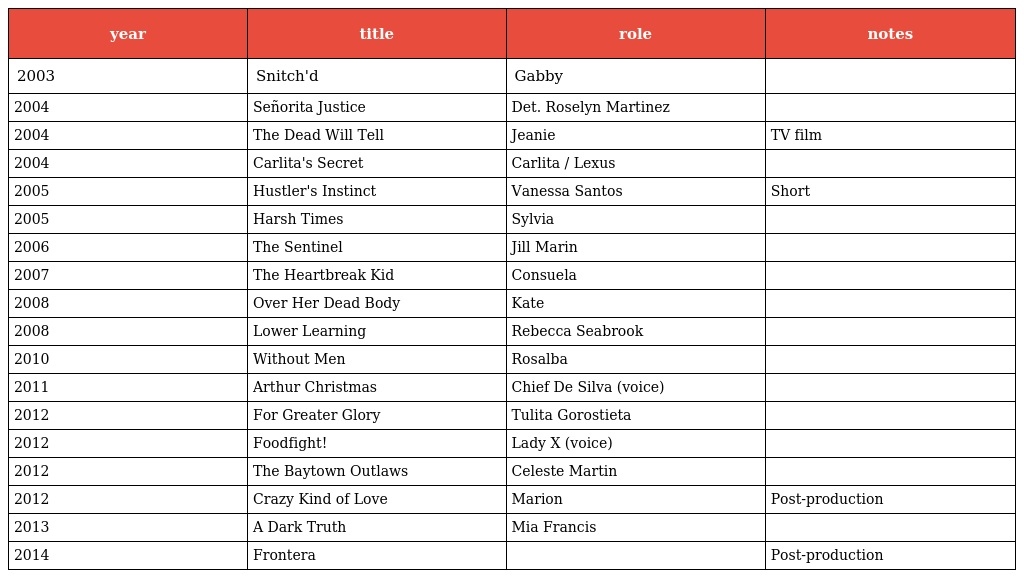
| year | title | role | notes |
 | --- | --- | --- | --- |
 | 2003 | Snitch'd | Gabby |  |
 | 2004 | Señorita Justice | Det. Roselyn Martinez |  |
 | 2004 | The Dead Will Tell | Jeanie | TV film |
 | 2004 | Carlita's Secret | Carlita / Lexus |  |
 | 2005 | Hustler's Instinct | Vanessa Santos | Short |
 | 2005 | Harsh Times | Sylvia |  |
 | 2006 | The Sentinel | Jill Marin |  |
 | 2007 | The Heartbreak Kid | Consuela |  |
 | 2008 | Over Her Dead Body | Kate |  |
 | 2008 | Lower Learning | Rebecca Seabrook |  |
 | 2010 | Without Men | Rosalba |  |
 | 2011 | Arthur Christmas | Chief De Silva (voice) |  |
 | 2012 | For Greater Glory | Tulita Gorostieta |  |
 | 2012 | Foodfight! | Lady X (voice) |  |
 | 2012 | The Baytown Outlaws | Celeste Martin |  |
 | 2012 | Crazy Kind of Love | Marion | Post-production |
 | 2013 | A Dark Truth | Mia Francis |  |
 | 2014 | Frontera |  | Post-production |